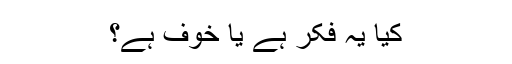
کیا یہ فکر ہے یا خوف ہے؟